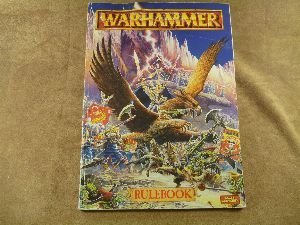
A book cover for Warhammer Rule Book (Warhammer Fantasy Roleplay); Rick Priestley; Science Fiction & Fantasy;